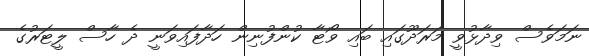
ނަމަވެސް ވިދާޅުވީ މަރަދޫގައި ބައި ވޯޓާ ކުންފުނިން ހަދާފައިވަނީ ދެ ހާސް ލީޓަރުގެ